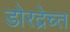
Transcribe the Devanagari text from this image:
डोरद्रेच्त